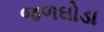
જળઘોડા